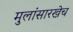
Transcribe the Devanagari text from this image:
मुलांसारखेच